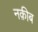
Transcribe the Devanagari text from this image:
नक़ीब